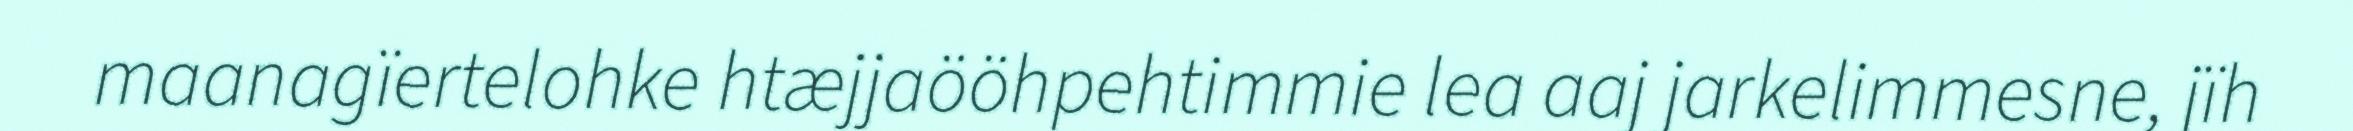
maanagïertelohke htæjjaööhpehtimmie lea aaj jarkelimmesne, jïh